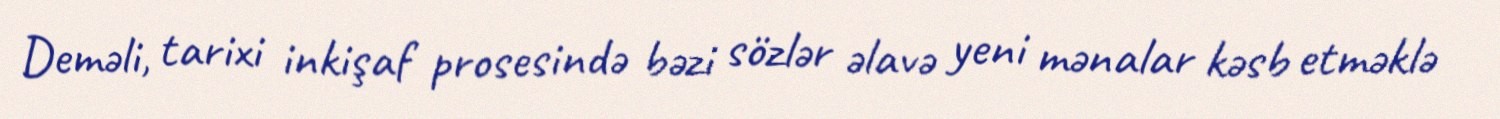
Deməli, tarixi inkişaf prosesində bəzi sözlər əlavə yeni mənalar kəsb etməklə